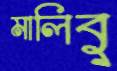
মালিবু